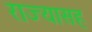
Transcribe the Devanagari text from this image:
राज्यासह